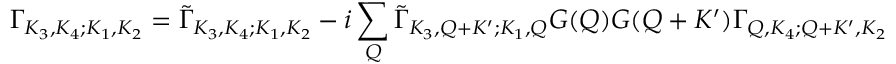
\Gamma _ { K _ { 3 } , K _ { 4 } ; K _ { 1 } , K _ { 2 } } = { \tilde { \Gamma } } _ { K _ { 3 } , K _ { 4 } ; K _ { 1 } , K _ { 2 } } - i \sum _ { Q } { \tilde { \Gamma } } _ { K _ { 3 } , Q + K ^ { \prime } ; K _ { 1 } , Q } G ( Q ) G ( Q + K ^ { \prime } ) \Gamma _ { Q , K _ { 4 } ; Q + K ^ { \prime } , K _ { 2 } }